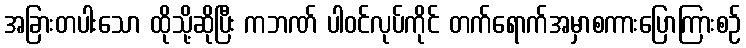
အခြားတပါးသော ထိုသို့ဆိုပြီး ကဘဏ် ပါဝင်လုပ်ကိုင် တက်ရောက်အမှာစကားပြောကြားစဉ်